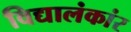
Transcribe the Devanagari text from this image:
विद्यालंकांर